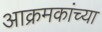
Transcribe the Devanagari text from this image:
आक्रमकांच्या